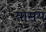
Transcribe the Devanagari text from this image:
योमय